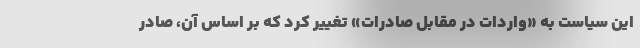
این سیاست به «واردات در مقابل صادرات» تغییر کرد که بر اساس آن، صادر